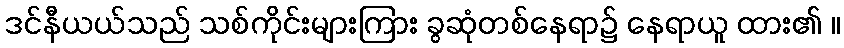
ဒင်နီယယ်သည် သစ်ကိုင်းများကြား ခွဆုံတစ်နေရာ၌ နေရာယူ ထား၏ ။